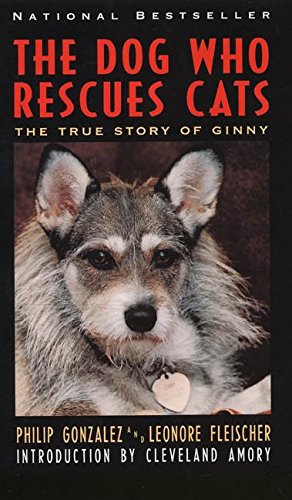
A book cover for The Dog Who Rescues Cats: True Story of Ginny, The; Philip Gonzalez; Biographies & Memoirs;